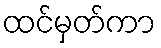
ထင်မှတ်ကာ